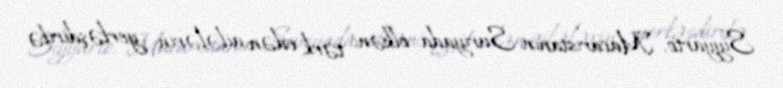
Siyyarto, Macarıstanın Suriyada ölkəni tərk edən ailələrin yerləşdirilə